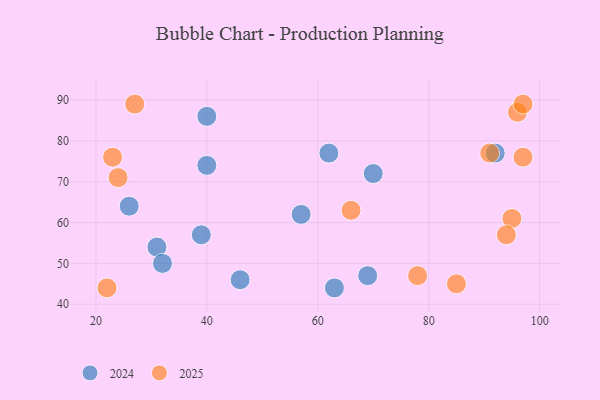
{"axis": {"x": "GDP", "y": "Life Expectancy"}, "legend": ["2024", "2025"], "data": [{"x": "63", "y": 44, "type": "2024"}, {"x": "31", "y": 54, "type": "2024"}, {"x": "92", "y": 77, "type": "2024"}, {"x": "70", "y": 72, "type": "2024"}, {"x": "46", "y": 46, "type": "2024"}, {"x": "69", "y": 47, "type": "2024"}, {"x": "26", "y": 64, "type": "2024"}, {"x": "39", "y": 57, "type": "2024"}, {"x": "40", "y": 74, "type": "2024"}, {"x": "40", "y": 86, "type": "2024"}, {"x": "32", "y": 50, "type": "2024"}, {"x": "57", "y": 62, "type": "2024"}, {"x": "62", "y": 77, "type": "2024"}, {"x": "91", "y": 77, "type": "2025"}, {"x": "95", "y": 61, "type": "2025"}, {"x": "27", "y": 89, "type": "2025"}, {"x": "85", "y": 45, "type": "2025"}, {"x": "97", "y": 76, "type": "2025"}, {"x": "22", "y": 44, "type": "2025"}, {"x": "23", "y": 76, "type": "2025"}, {"x": "78", "y": 47, "type": "2025"}, {"x": "24", "y": 71, "type": "2025"}, {"x": "96", "y": 87, "type": "2025"}, {"x": "97", "y": 89, "type": "2025"}, {"x": "94", "y": 57, "type": "2025"}, {"x": "66", "y": 63, "type": "2025"}]}